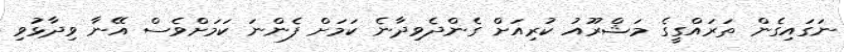
ނަގައިގެން ތަރައްގީގެ މަޝްރޫއު ކުރިއަށް ގެންދެވިދާނެ ކަމަށް ފެންނަ ކަމަށްވެސް އޭނާ ވިދާޅުވި